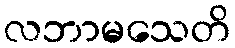
လဘာမသေတိ